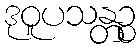
ဒုဝူပသန္တဉ္စ